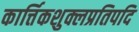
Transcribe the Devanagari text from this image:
कार्त्तिकशुक्लप्रतिपदि